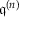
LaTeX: { \mathfrak { q } } ^ { ( n ) }